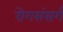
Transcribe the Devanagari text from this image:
रोगसंसर्ग